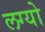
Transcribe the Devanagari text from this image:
लग्‍यो